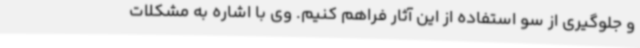
و جلوگیری از سو استفاده از این آثار فراهم کنیم. وی با اشاره به مشکلات